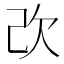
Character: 𣢇